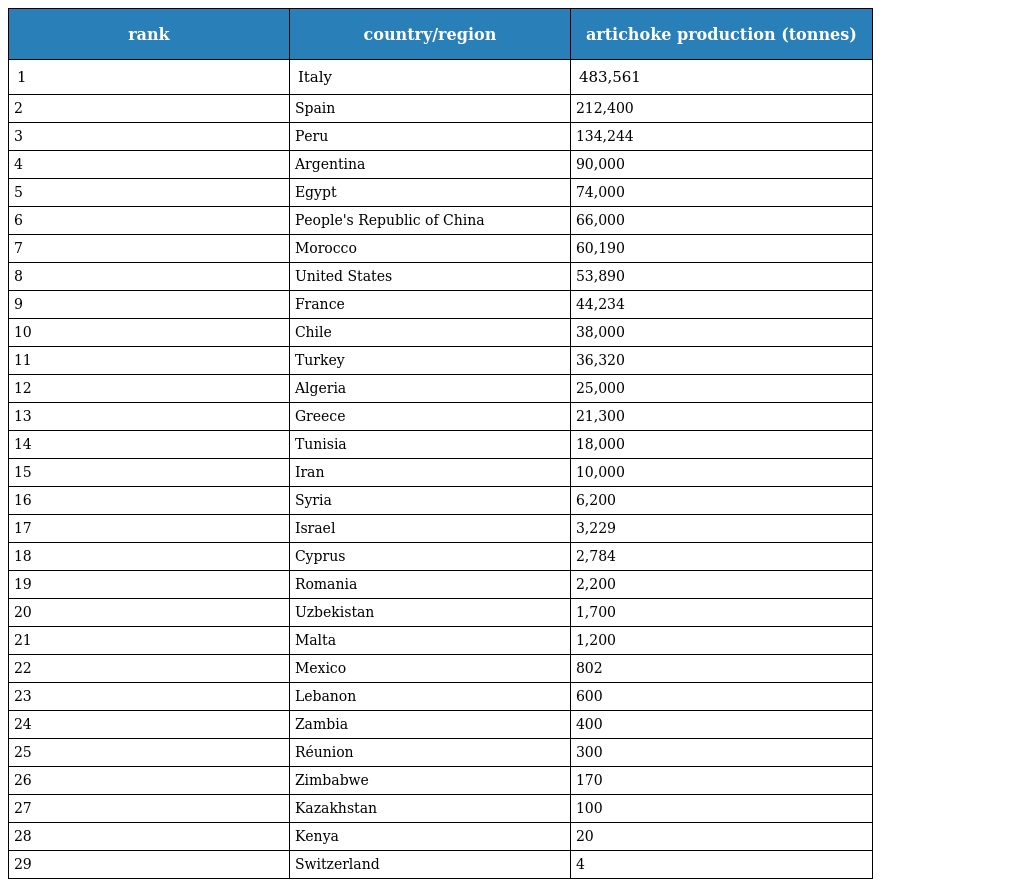
| rank | country/region | artichoke production (tonnes) |
 | --- | --- | --- |
 | 1 | Italy | 483,561 |
 | 2 | Spain | 212,400 |
 | 3 | Peru | 134,244 |
 | 4 | Argentina | 90,000 |
 | 5 | Egypt | 74,000 |
 | 6 | People's Republic of China | 66,000 |
 | 7 | Morocco | 60,190 |
 | 8 | United States | 53,890 |
 | 9 | France | 44,234 |
 | 10 | Chile | 38,000 |
 | 11 | Turkey | 36,320 |
 | 12 | Algeria | 25,000 |
 | 13 | Greece | 21,300 |
 | 14 | Tunisia | 18,000 |
 | 15 | Iran | 10,000 |
 | 16 | Syria | 6,200 |
 | 17 | Israel | 3,229 |
 | 18 | Cyprus | 2,784 |
 | 19 | Romania | 2,200 |
 | 20 | Uzbekistan | 1,700 |
 | 21 | Malta | 1,200 |
 | 22 | Mexico | 802 |
 | 23 | Lebanon | 600 |
 | 24 | Zambia | 400 |
 | 25 | Réunion | 300 |
 | 26 | Zimbabwe | 170 |
 | 27 | Kazakhstan | 100 |
 | 28 | Kenya | 20 |
 | 29 | Switzerland | 4 |